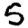
Digit: 5